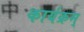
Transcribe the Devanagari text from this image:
कार्यक्रम्